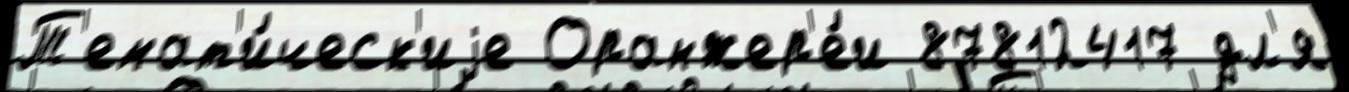
Т'емат'и́ческ'иjе Оранжер'е́и 87812417 дл'я